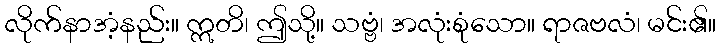
လိုက်နာအံ့နည်း။ ဣတိ၊ ဤသို့။ သဗ္ဗံ၊ အလုံးစုံသော။ ရာဇဗလံ၊ မင်း၏။